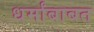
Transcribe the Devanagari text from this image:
धर्मांबाबत